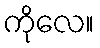
ကိုလေ။